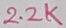
Text: 2.2K